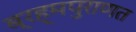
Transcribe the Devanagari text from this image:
ब्रह्मपुराणत